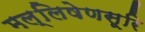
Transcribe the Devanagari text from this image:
मल्लिषेणसूरि